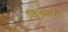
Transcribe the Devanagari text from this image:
वितनागे